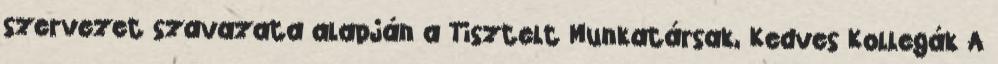
szervezet szavazata alapján a Tisztelt Munkatársak, Kedves Kollegák A